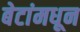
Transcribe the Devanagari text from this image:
बेटांमधून